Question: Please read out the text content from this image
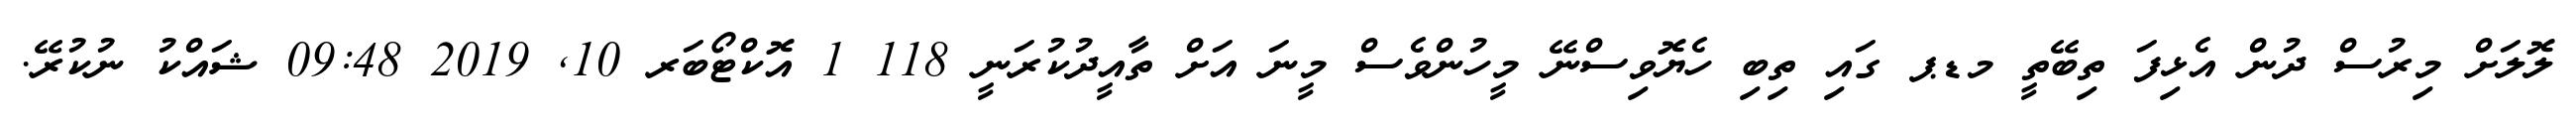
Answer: ލޮލަށް މިރުސް ދުން އެޅިފަ ތިބޭތީ މޑޕ ގައި ތިބި ހެޔޮވިސްނޭ މީހުންވެސް މީނަ އަށް ތާއީދުކުރަނީ 118 1 އޮކްޓޯބަރ 10, 2019 09:48 ޝައްކު ނުކުރޭ.